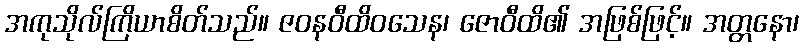
အကုသိုလ်ကြိယာစိတ်သည်။ ဇဝနဝီထိဝသေန၊ ဇောဝီထိ၏ အဖြစ်ဖြင့်။ အတ္တနော၊